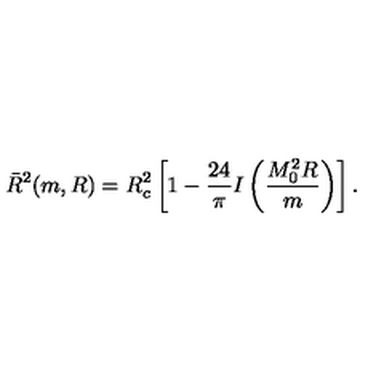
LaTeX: \bar { R } ^ { 2 } ( m , R ) = R _ { c } ^ { 2 } \left[ 1 - \frac { 2 4 } { \pi } I \left( \frac { M _ { 0 } ^ { 2 } R } { m } \right) \right] { . }